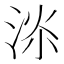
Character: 𱦫